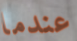
عندما